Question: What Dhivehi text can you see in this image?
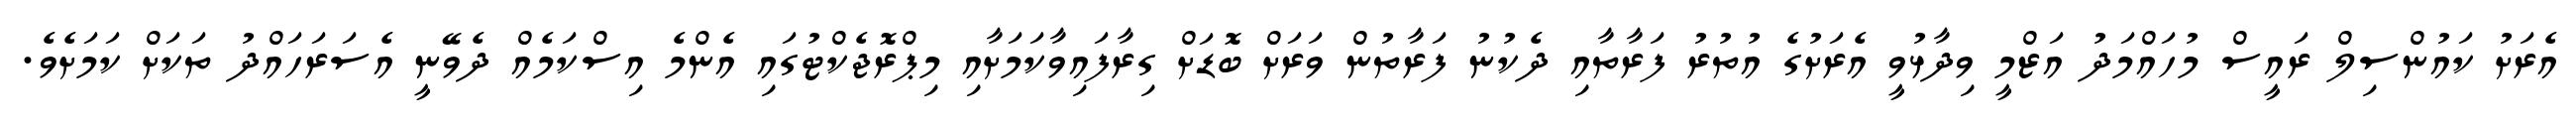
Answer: އެރަށު ކައުންސިލް ރައީސް މުހައްމަދު އަޒްމީ ވިދާޅުވީ އެރަށުގެ އުތުރު ފަރާތާއި ދެކުނު ފަރާތުން ވަރަށް ބޮޑަށް ގިރާފައިވާކަމަށާއި މިޕްރޮޖެކްޓުގައި އެންމެ އިސްކަމެއް ދެވޭނީ އެސަރަހައްދު ތަކަށް ކަމަށެވެ.